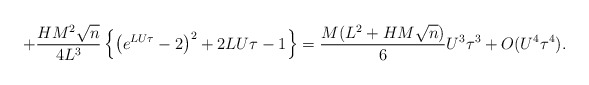
\begin{align*}+\frac{HM^2\sqrt{n}}{4L^3}\left\{\left(e^{LU\tau}-2\right)^2+2LU\tau -1\right\}=\frac{M( L^2+HM\sqrt{n})}{6}U^3\tau^3+O(U^4\tau^4).\end{align*}